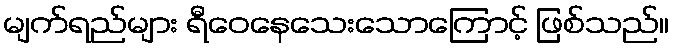
မျက်ရည်များ ရီဝေနေသေးသောကြောင့် ဖြစ်သည်။